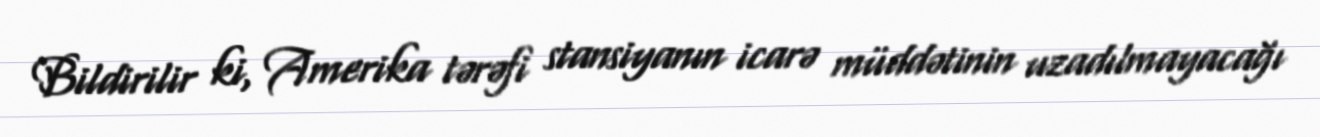
Bildirilir ki, Amerika tərəfi stansiyanın icarə müddətinin uzadılmayacağı